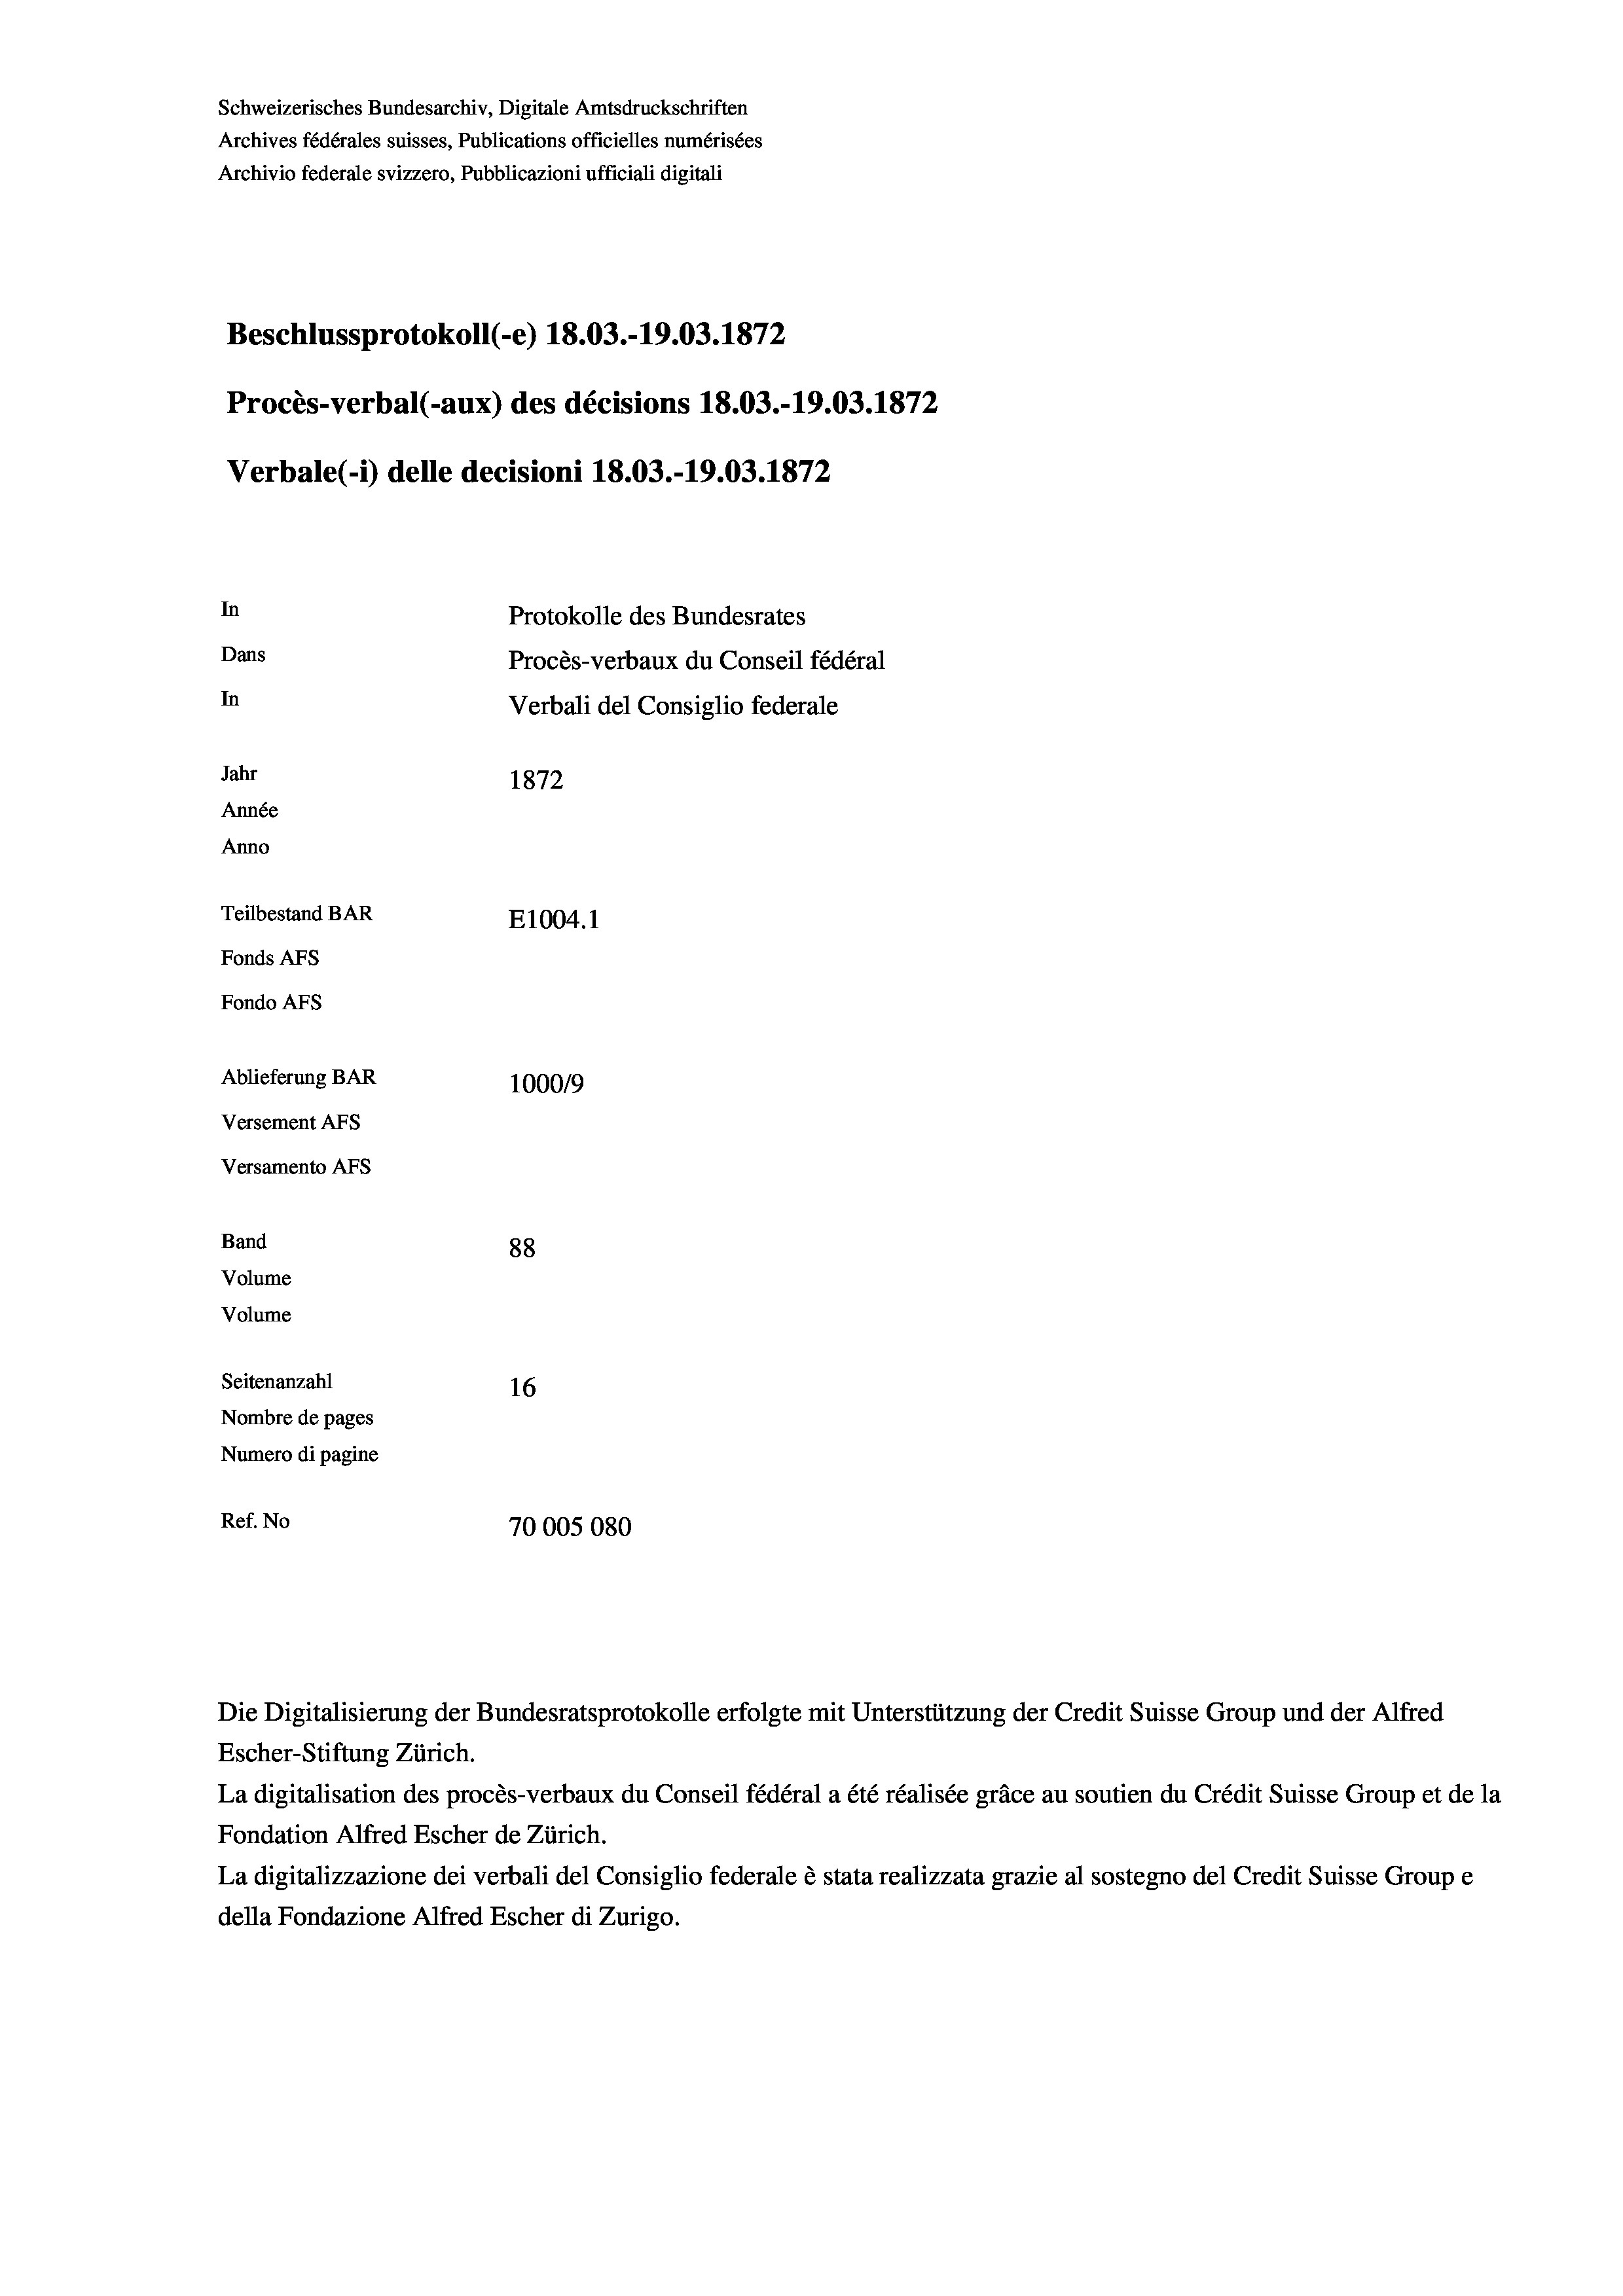
Schweizerisches Bundesarchiv, Digitale Amtsdruckschriften
Archives fédérales suisses, Publications officielles numérisées
Archivio federale svizzero, Pubblicazioni ufficiali digitali
Beschlussprotokoll (-e) 18.03.-19.03. 1872
Procès-verbal (-aux) des décisions 18.03.-19.03. 1872
Verbale(*) delle decisioni 18.03.-19.03. 1872
In
Protokolle des Bundesrates
Dans
Procès-verbaux du Conseil fédéral
In
Verbali del Consiglio federale
Jahr
1872
Année
Anno
Teilbestand BAR
E1004. 1
Fonds AFs
Fondo Afs
Ablieferung BAR
100019
Versement Ans
Versamento Afs
Band
88
Volume
Volume
Seitenanzahl
16
Nombre de pages
Numero di pagine
Ref. No
70005080

Escher-Stiftung Zürich.
La digitalisation des procès-verbaux du Conseil fédéral a été réalisée gräce au soutien du Crédit Suisse Group et de la
Fondation Alfred Escher de Zürich.
La digitalizzazione dei verbali del Consiglio federale è stata realizzata grazie al sostegno del Credit Suisse Groupe
della Fondazione Alfred Escher di Zurigo.

Die Digitalisierung der Bundesratsprotokolle erfolgte mit Unterstützung der Credit Suisse Group und der Alfred